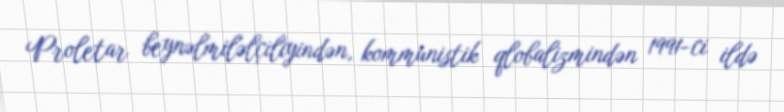
Proletar beynəlmiləlçiliyindən, kommunistik qlobalizmindən 1991-ci ildə